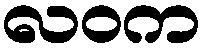
လဝက